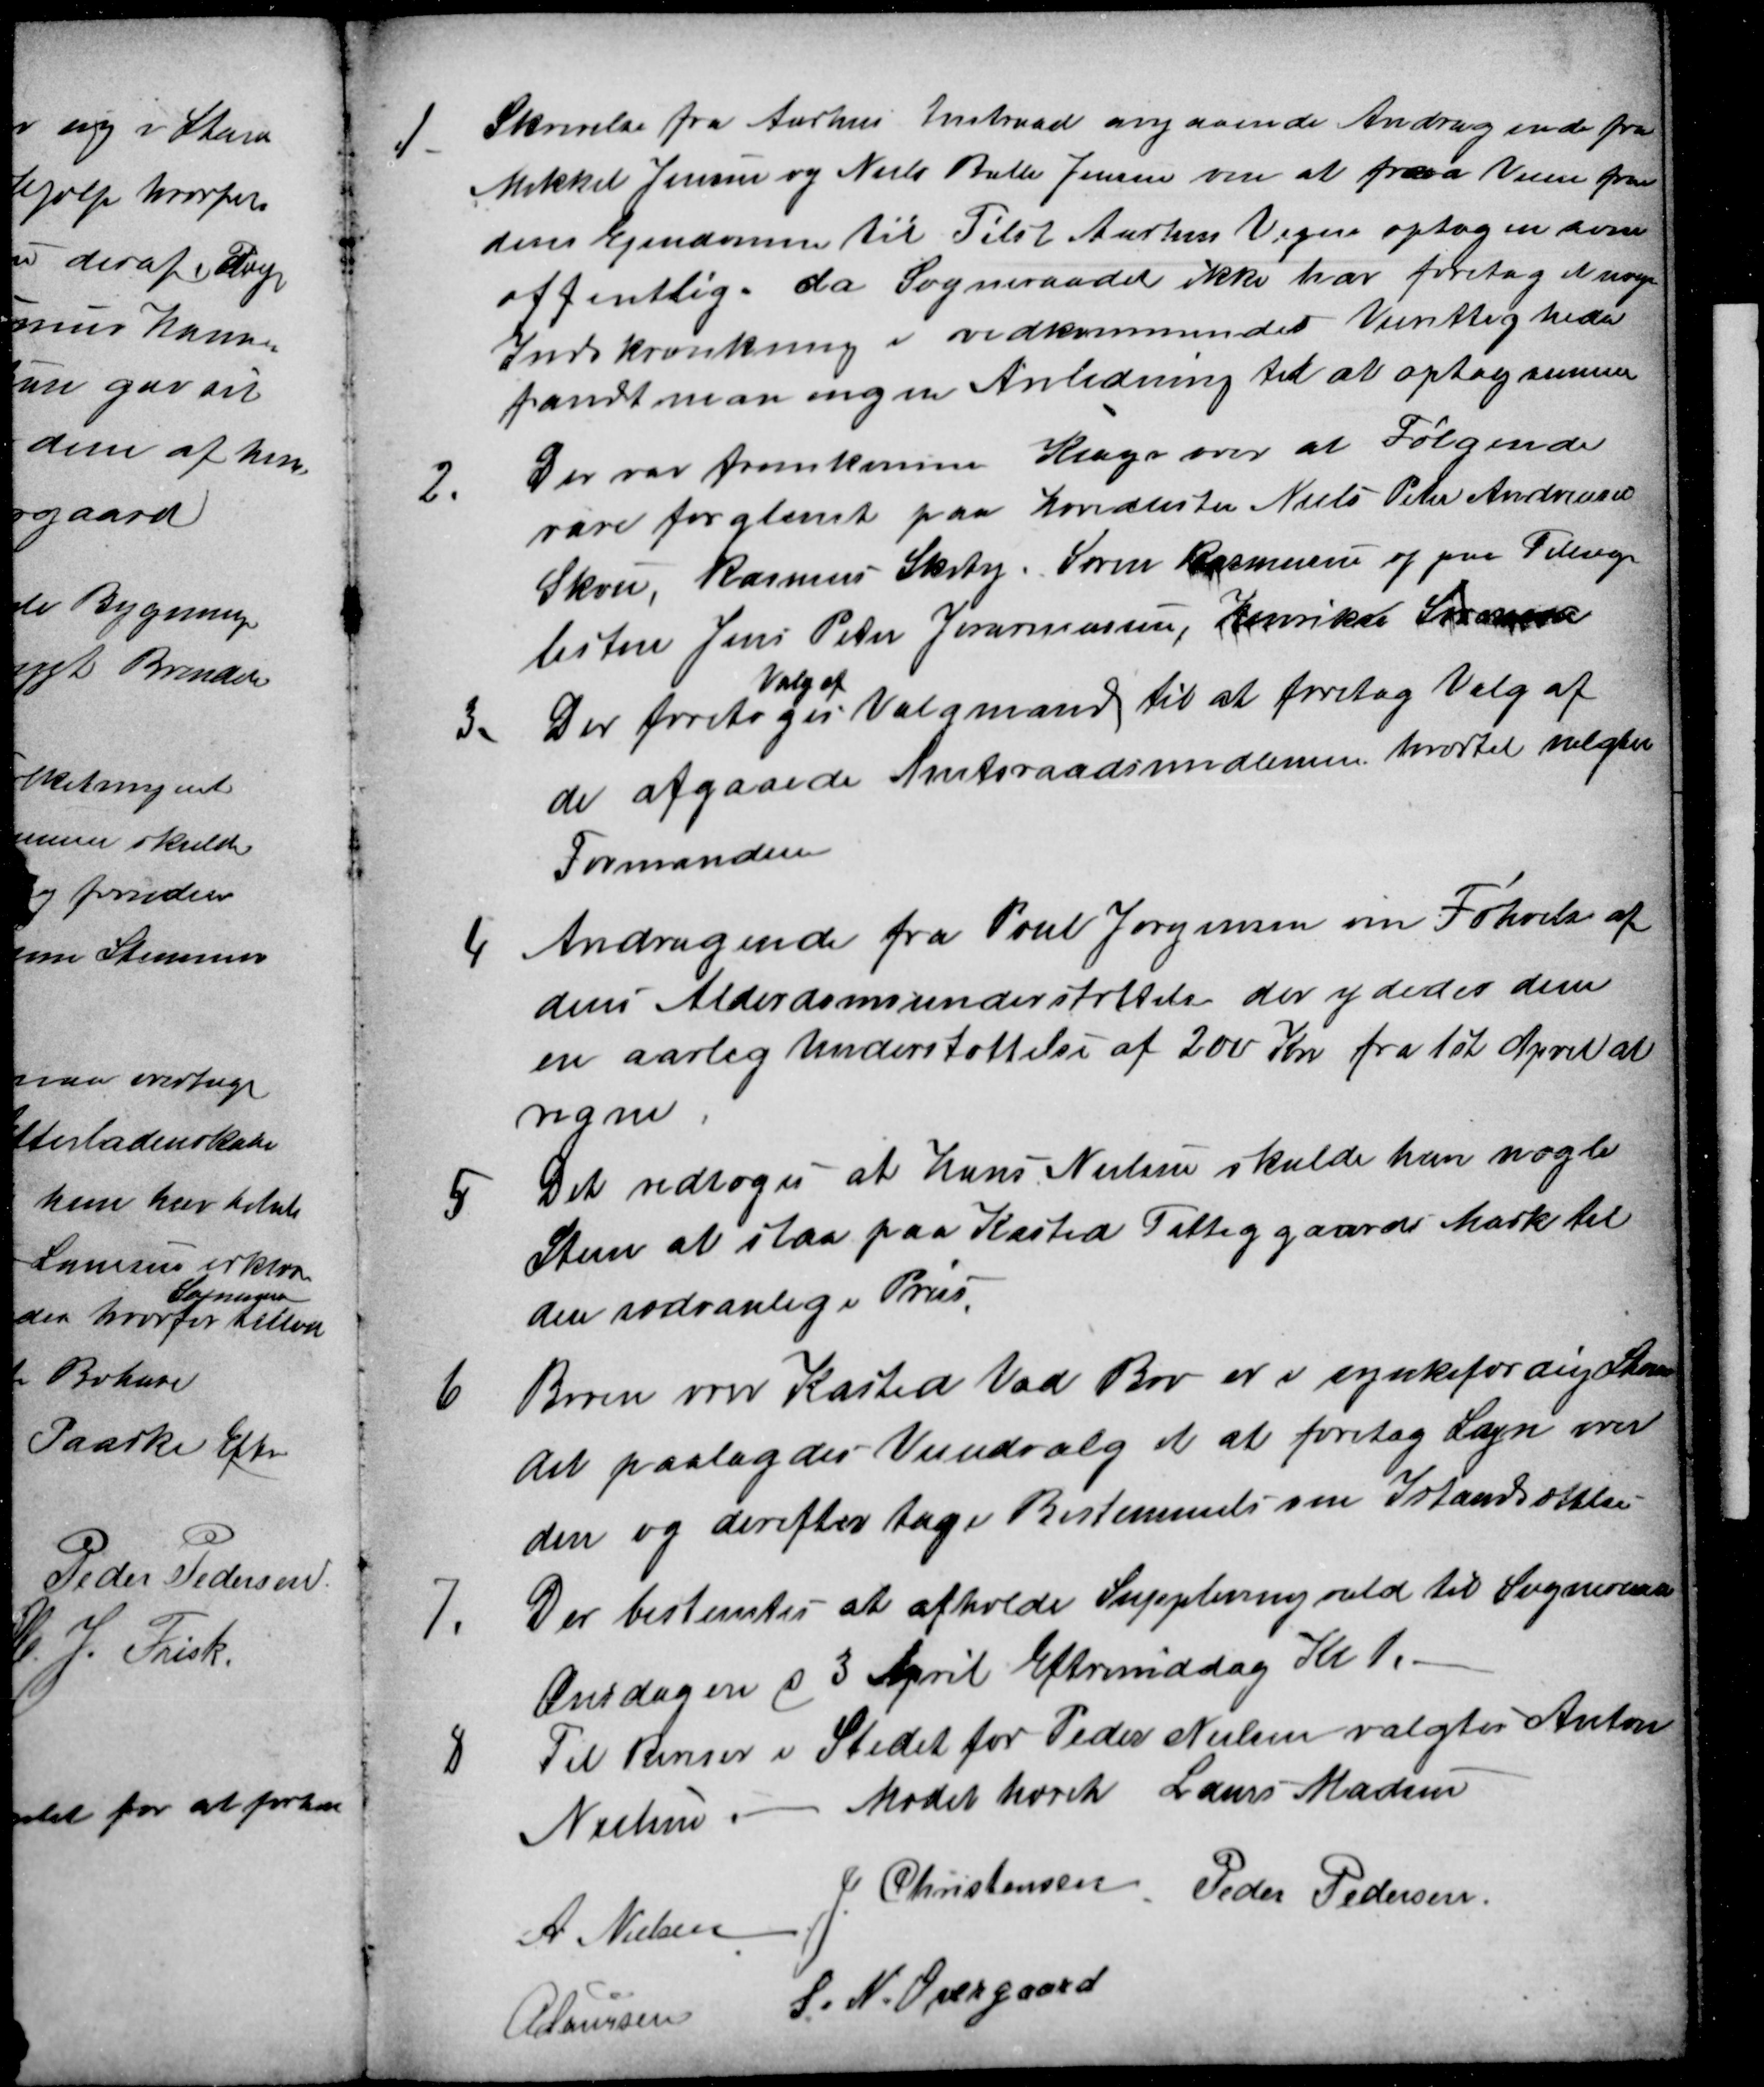
Transskription:
1. Skrivelse fra Aarhus Amtraad angaaende Andragende fra
Mikkel Jensen og Niels Balle Jensen om at fraa Veien fra
deres Ejendomme til Tilst Aarhus Vejen optagen som
offentlig, da Sogneraadet ikke har foretaget nogen
Indskrænkning i vedkommendes Veirettigheder
fandt man ingen Anledning til at optag samme
2. Der var fremkomne Klage over at Følgende
vare forglemte paa Hovedlisten Niels Peter Andreasen
Skou, Rasmus Skiby. Søren Rasmussen og paa Tillægs-
listen Jens Peter Jeremiassen, Henrikse Sørensen
3. Der foretoges
Valg af
Valgmand til at foretog Valg af
de afgaaede Amtsraadsmedlemmer hvortil valgtes
Formanden
4 Andragende fra Poul Jørgensen om Forhoielse af
dens Alderdomsunderstøttelse der ydedes dem
en aarlig Understøttelse af 200 Kr. fra 1st April at
regne
5 Det vedtoges at Hans Nielsen skulde have nogle
Steen at slaa paa Kasted Fattiggaards Mark til
den sædvanlige Priis
6 Broen over Kasted Vad Bro er i synkefærdig Stand
det paalagdes Veiudvalget at foretag Syn over
den og derefter tage Bestemmelse om Istandsættelse
7. Der bestemtes at afholde Suppleringsvald til Sogneraad
Onsdagen d 3 April Eftermiddag Kl 1.
8 Til Ringer i Stedet for Peder Nielsen valgtes Anton
Nielsen.
Mødet hævet Laurs Madsen
A. Nielsen
J Christensen. Peder Pedersen
A Laursen
S. N. Overgaard